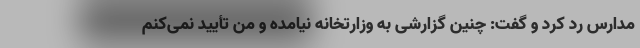
مدارس رد کرد و گفت: چنین گزارشی به وزارتخانه نیامده و من تأیید نمی‌کنم